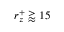
r _ { z } ^ { + } \gtrapprox 1 5